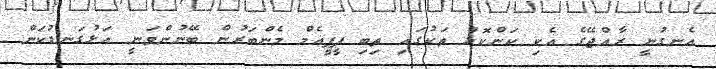
އެނގުނީ ރާއްޖޭގެ އެކި ކަންކޮޅު ތަކުގައި ތިބި ޕީޕީއެމް މެންބަރުން ބޭނުންވަނީ އަޅުގަނޑުކަން